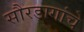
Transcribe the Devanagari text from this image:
सौरडागांचे